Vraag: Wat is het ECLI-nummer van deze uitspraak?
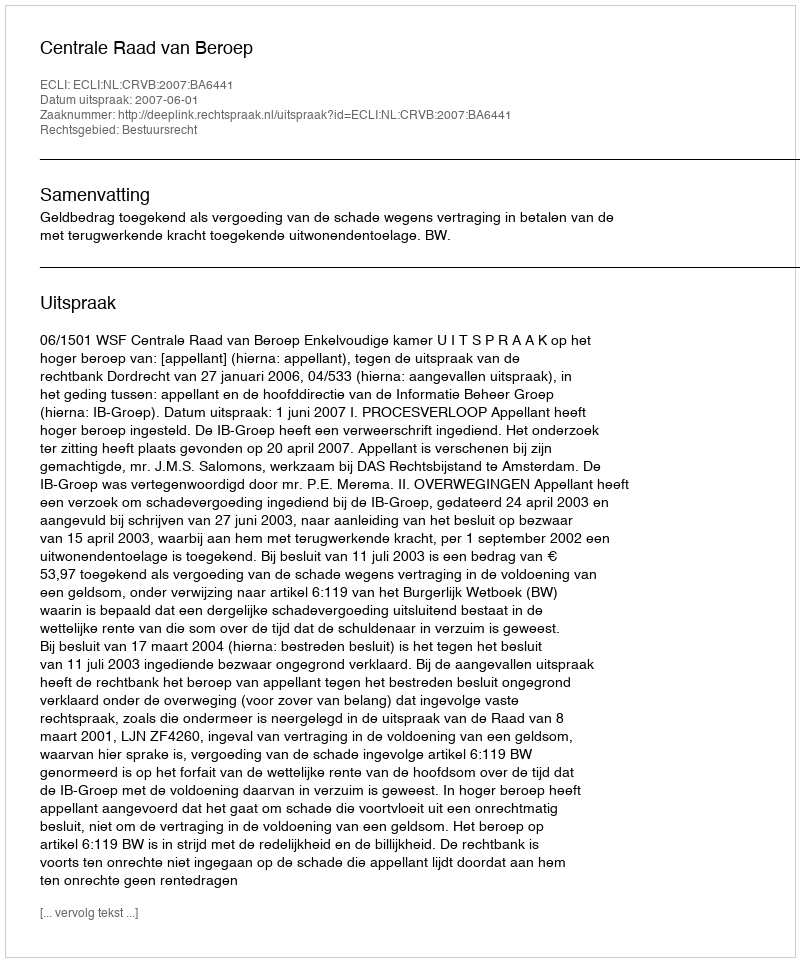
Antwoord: ECLI:NL:CRVB:2007:BA6441